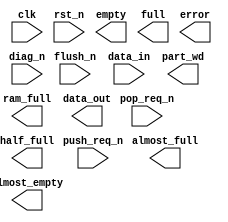
module DW_asymfifo_s1_sf (clk, rst_n, push_req_n, flush_n, pop_req_n, diag_n,
            data_in, empty, almost_empty, half_full, almost_full, full, 
            ram_full, error, part_wd, data_out);

 parameter          data_in_width  = 4;
 parameter          data_out_width = 16;
 parameter          depth          = 10;
 parameter          ae_level       = 1;
 parameter          af_level       = 9;
 parameter          err_mode       = 2;
 parameter          rst_mode       = 1;
 parameter          byte_order     = 0;

input  				clk;
input				rst_n;
input				push_req_n;
input				flush_n;
input				pop_req_n;
input				diag_n;
input[data_in_width-1:0]	data_in;

output				empty;
output				almost_empty;
output				half_full;
output				almost_full;
output				full;
output				ram_full;
output				error;
output				part_wd;
output[data_out_width-1:0]	data_out;

// synopsys translate_off

wire  		                clk;
wire				rst_n;
wire				push_req_n;
wire				flush_n;
wire				pop_req_n;
wire				diag_n;

wire				empty;
wire				almost_empty;
wire				half_full;
wire				almost_full;
wire				full;
wire				ram_full;
wire				error;
wire				part_wd;
   
wire [data_in_width-1:0]	data_in;
wire[data_out_width-1:0]	data_out;


`define DW_ctl_rst_mode (rst_mode%2)
`define DW_mem_rst_mode ((rst_mode+2)/3)
`define DW_ram_width (data_in_width>data_out_width?data_in_width:data_out_width)
`define DW_addr_width ((depth>16)?((depth>64)?((depth>128)?8:7):((depth>32)?6:5)):((depth>4)?((depth>8)?4:3):((depth>2)?2:1)))
wire				tie_low;
wire				we_n;
wire				mem_rst_n;
wire[`DW_ram_width-1:0]		wr_data;
wire[`DW_ram_width-1:0]		rd_data;
wire[`DW_addr_width-1:0]	wr_addr;
wire[`DW_addr_width-1:0]	rd_addr;


DW_asymfifoctl_s1_sf
	#(data_in_width, data_out_width, depth, ae_level,
		af_level, err_mode, `DW_ctl_rst_mode, byte_order)
	U1(
		.clk(clk),
		.rst_n(rst_n),
		.push_req_n(push_req_n),
		.flush_n(flush_n),
		.pop_req_n(pop_req_n),
		.diag_n(diag_n),
		.data_in(data_in),
		.rd_data(rd_data),
		.we_n(we_n),
		.empty(empty),
		.almost_empty(almost_empty),
		.half_full(half_full),
		.almost_full(almost_full),
		.full(full),
		.ram_full(ram_full),
		.error(error),
		.part_wd(part_wd),
		.wr_data(wr_data),
		.wr_addr(wr_addr),
		.rd_addr(rd_addr),
		.data_out(data_out)
		);


assign mem_rst_n  = ( (rst_mode < 2 ) ? rst_n  : ( 1'b1 ));

DW_ram_r_w_s_dff
	#(`DW_ram_width, depth, `DW_mem_rst_mode )
	    u2 (
		.clk(clk),
		.rst_n(mem_rst_n),
		.cs_n(tie_low),
		.wr_n(we_n),
		.rd_addr(rd_addr),
		.wr_addr(wr_addr),
		.data_in(wr_data),
		.data_out(rd_data)
		);

 assign  tie_low  = 1'b0 ;


`undef DW_addr_width
`undef DW_ram_width
`undef DW_mem_rst_mode
`undef DW_ctl_rst_mode
// synopsys translate_on
endmodule